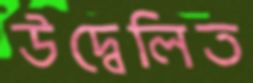
উদ্বেলিত